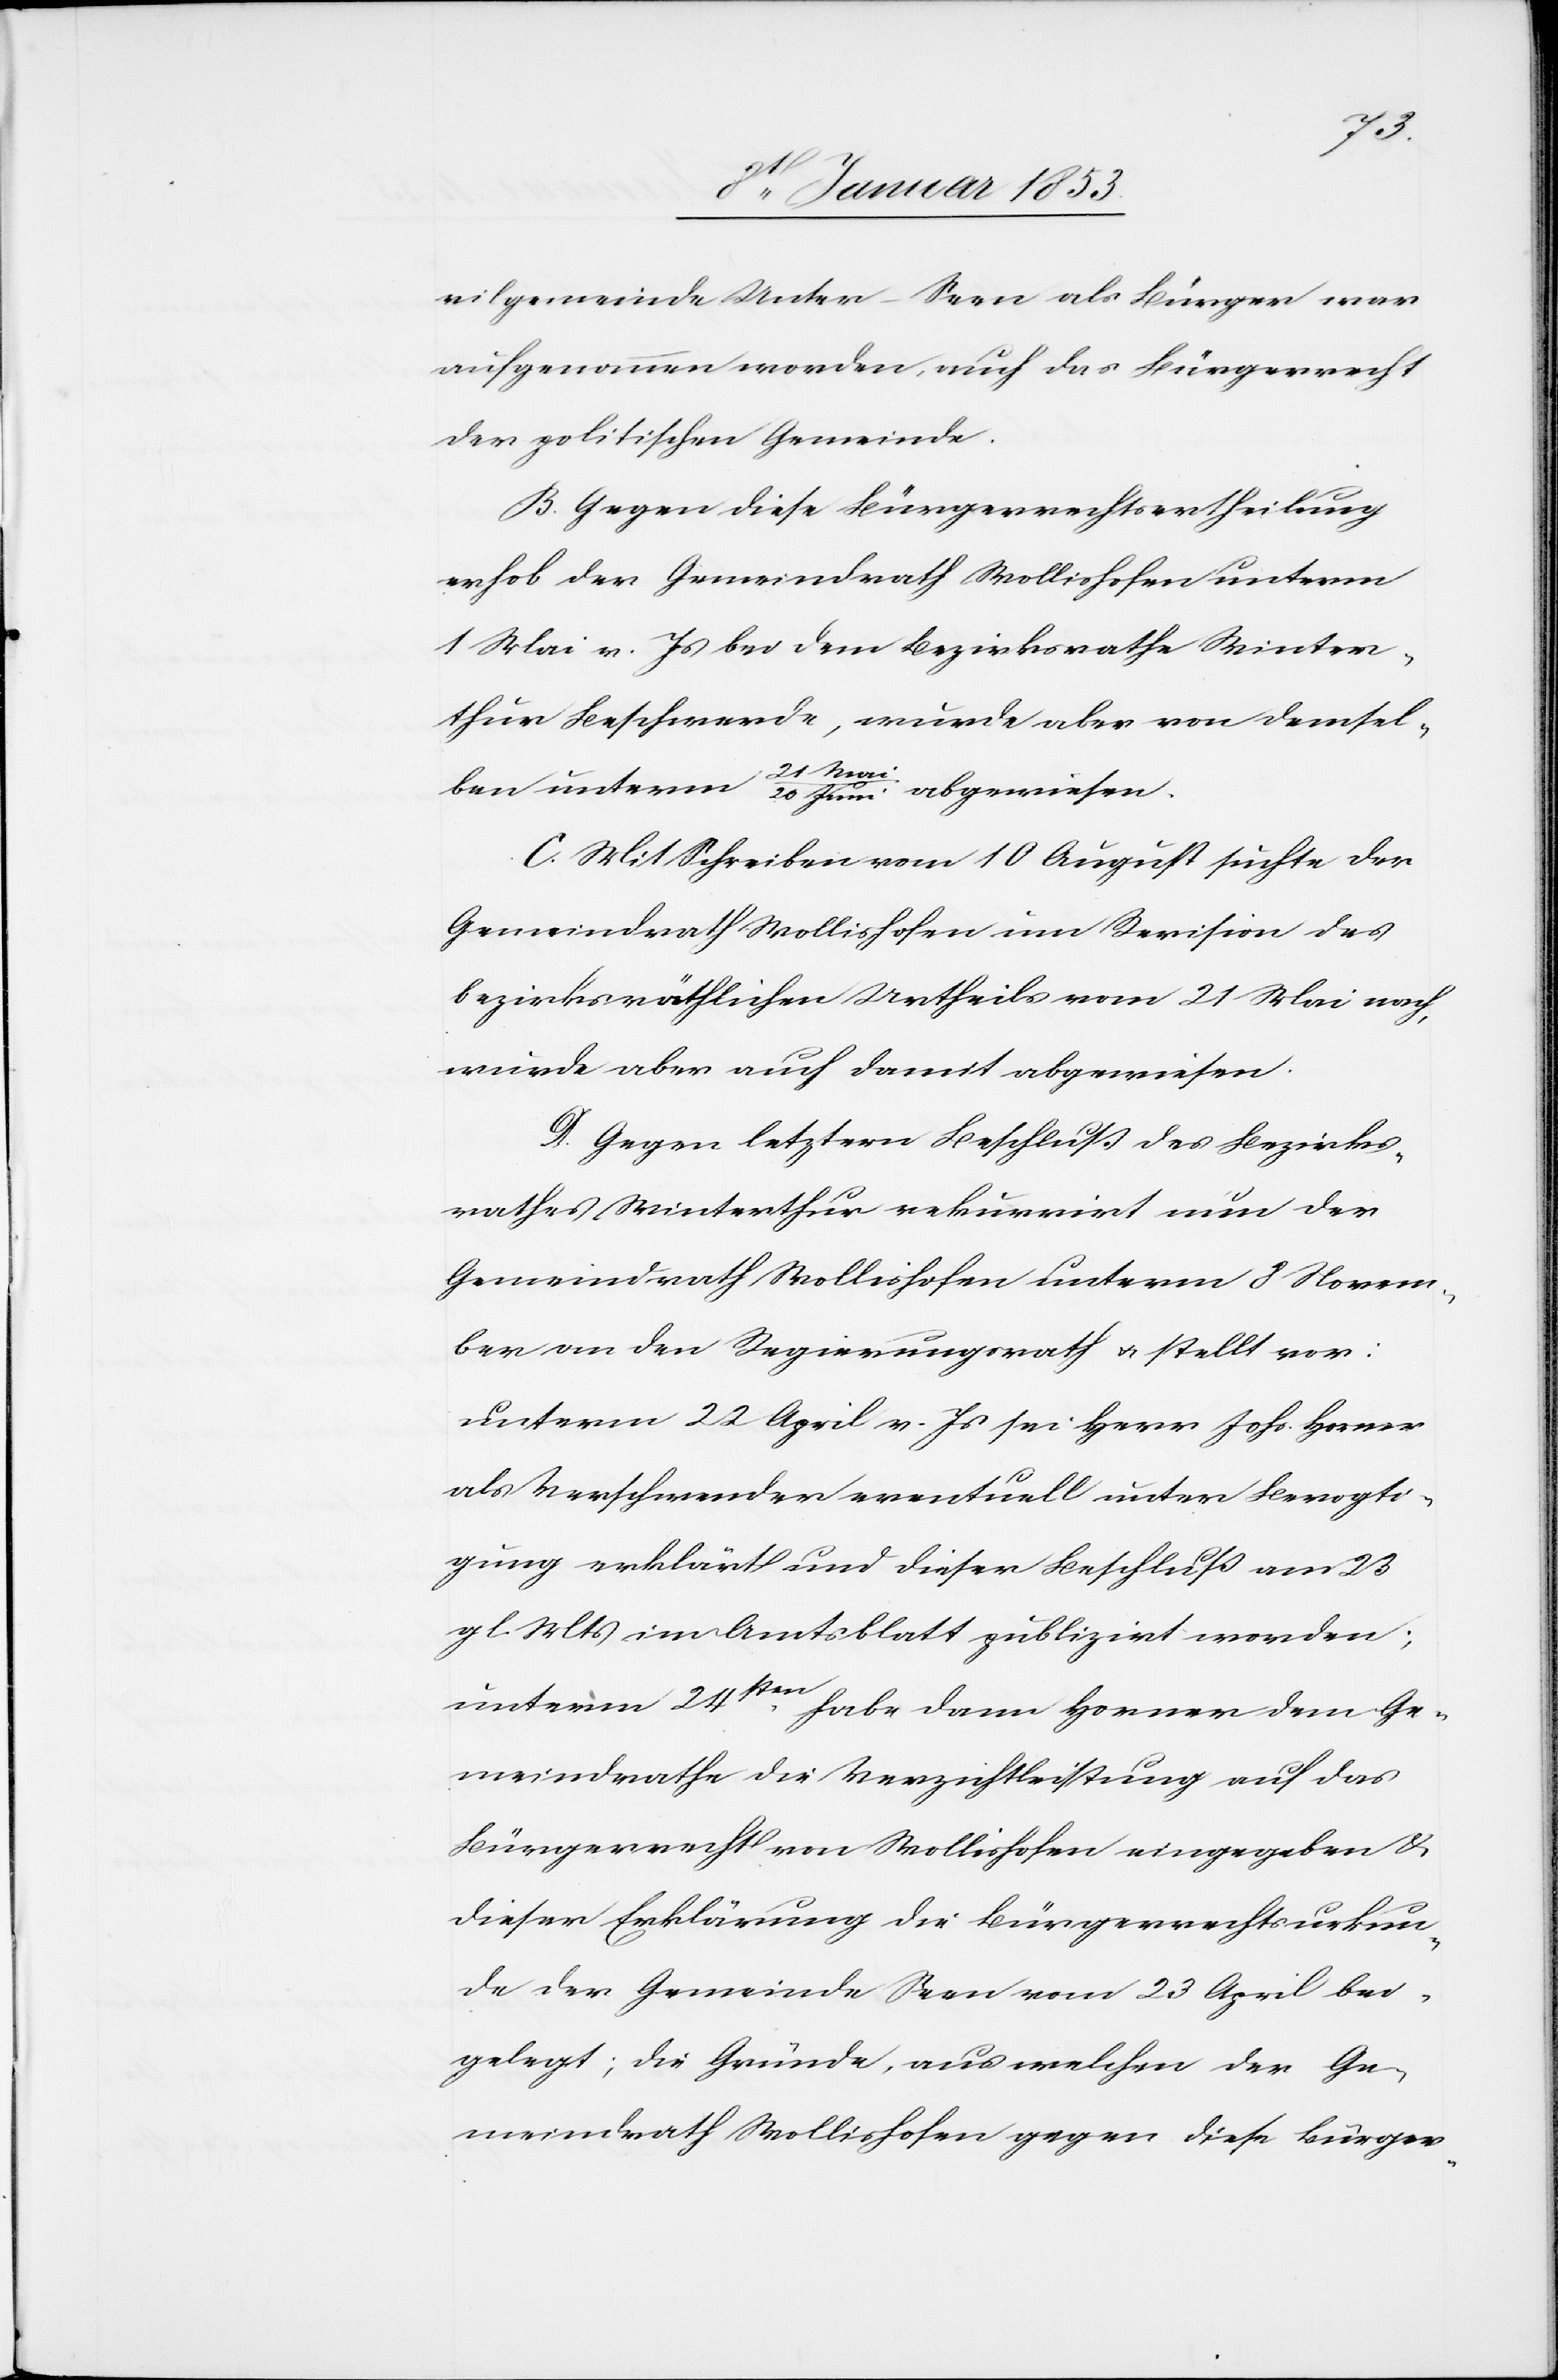
vilgemeinde Unter-Seen als Bürger war
aufgenommen worden, auch das Bürgerrecht
der politischen Gemeinde.
Gegen diese Bürgerrechtsertheilung
erhob der Gemeindrath Wollishofen unterm
1 Mai v. Js. bei dem Bezirksrathe Winter¬
thur Beschwerde, wurde aber von demsel¬
ben unterm 21 Mai/20 Juni abgewiesen.
Mit Schreiben vom 10 August suchte der
Gemeindrath Wollishofen um Revision des
bezirksräthlichen Urtheils vom 21 Mai nach,
wurde aber auch damit abgewiesen.
Gegen letztern Beschluss des Bezirks¬
rathes Winterthur rekurrirt nun der
Gemeindrath Wollishofen unterm 8 Novem¬
ber an den Regierungsrath u. stellt vor:
unterm 22 April v. Js. sei Herr Johs. Horner
als Verschwender eventuell unter Bevogti¬
gung erklärt und dieser Beschluß am 23
gl. Mts. im Amtsblatt publizirt worden;
unterm 24sten.
habe dann Horner dem Ge¬
meindrathe die Verzichtleistung auf das
Bürgerrecht von Wollishofen eingegeben u.
dieser Erklärung die Bürgerrechtsurkun¬
de der Gemeinde Seen vom 23 April bei¬
gelegt; die Gründe, aus welchen der Ge¬
meindrath Wollishofen gegen diese Bürger-